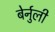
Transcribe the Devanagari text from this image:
बेर्नुली